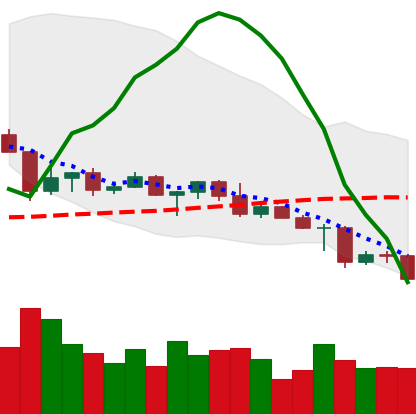
Ticker: ETC-USD
Chart end date: 2022-04-29
Forward return: 5.231%
Label: up_5_7